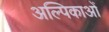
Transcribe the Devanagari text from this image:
अल्पिकाओं